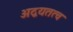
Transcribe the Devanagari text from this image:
अद्वयतत्व